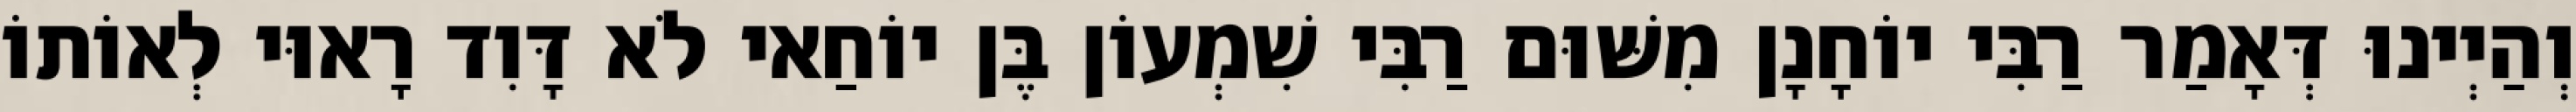
וְהַיְינוּ דְּאָמַר רַבִּי יוֹחָנָן מִשּׁוּם רַבִּי שִׁמְעוֹן בֶּן יוֹחַאי לֹא דָּוִד רָאוּי לְאוֹתוֹ